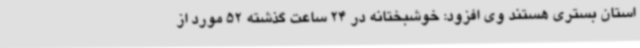
استان بستری هستند وی افزود: خوشبختانه در 24 ساعت گذشته 52 مورد از